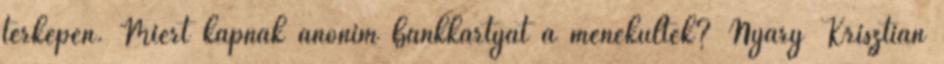
térképen. Miért kapnak anonim bankkártyát a menekültek? Nyáry Krisztián